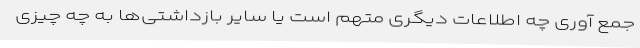
جمع آوری چه اطلاعات دیگری متهم است یا سایر بازداشتی‌ها به چه چیزی